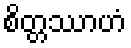
စိတ္တဿာဟံ